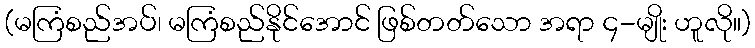
(မကြံစည်အပ်၊ မကြံစည်နိုင်အောင် ဖြစ်တတ်သော အရာ ၄-မျိုး ဟူလို။)